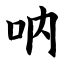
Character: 呐